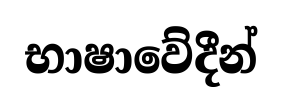
භාෂාවේදීන්